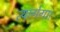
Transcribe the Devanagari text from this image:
त्यागेगा।